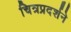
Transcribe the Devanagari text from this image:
चित्रप्रदर्शने